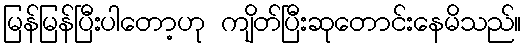
မြန်မြန်ပြီးပါတော့ဟု ကျိတ်ပြီးဆုတောင်းနေမိသည်။